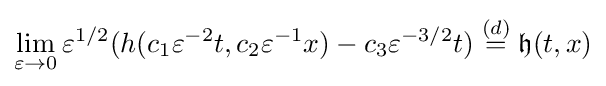
\lim \limits _{\varepsilon \to 0}\varepsilon ^{1/2}(h(c_{1}\varepsilon ^{-2}t,c_{2}\varepsilon ^{-1}x)-c_{3}\varepsilon ^{-3/2}t)\;{\stackrel {(d)}{=}}\;{\mathfrak {h}}(t,x)